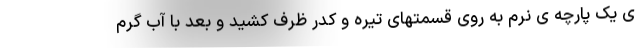
ی یک پارچه ی نرم به روی قسمتهای تیره و کدر ظرف کشید و بعد با آب گرم